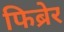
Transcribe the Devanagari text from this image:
फिब्रेर